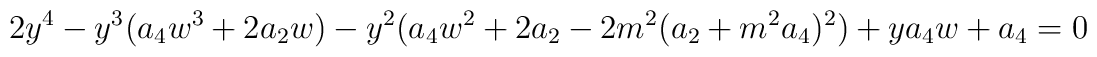
2y^4 - y^3 (a_4 w^3 +2a_2 w) -y^2 (a_4 w^2 + 2a_2 -2m^2 (a_2 +m^2a_4 )^2 ) +y a_4 w +a_4 = 0